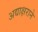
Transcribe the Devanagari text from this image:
अद्याक्षराने